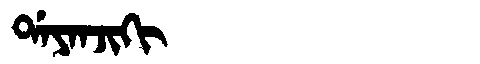
Manchu: ᡩᠠᠶᠠᠨᠵᡳᡴᡳ
Romanization: DAYANJIKI